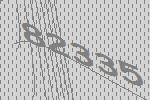
82335